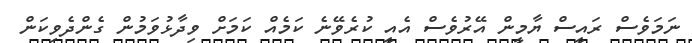
ނަމަވެސް ރައީސް ޔާމީން އޭރުވެސް އެއީ ކުރެވޭނެ ކަމެއް ކަމަށް ވިދާޅުވަމުން ގެންދެވިކަން